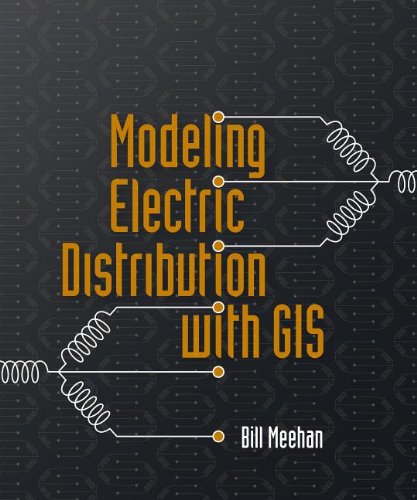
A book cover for Modeling Electric Distribution with GIS; Bill Meehan; Computers & Technology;